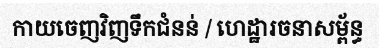
កាយចេញវិញទឹកជំនន់ / ហេដ្ឋារចនាសម្ព័ន្ធ